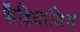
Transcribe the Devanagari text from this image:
कैंडियासिस